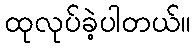
ထုလုပ်ခဲ့ပါတယ်။